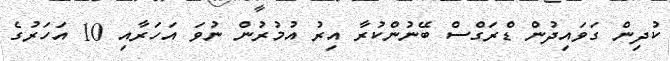
ކުދިން ގަވައިދުން ޑްރަގްސް ބޭނުންކުރާ އިރު އުމުރުން ނުވަ އަހަރާއި 10 އަހަރުގެ